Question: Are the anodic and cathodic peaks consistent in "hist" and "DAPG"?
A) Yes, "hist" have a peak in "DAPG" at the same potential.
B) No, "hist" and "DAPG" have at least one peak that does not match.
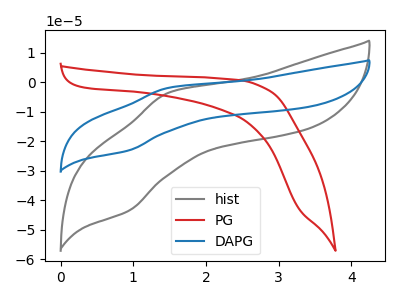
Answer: <think>The gray curve "hist" has an anodic peak at (1.50V, -3.60uA) and a cathodic peak at (0.95V, -43.55uA). The red curve "PG" has no peaks. The blue curve "DAPG" has an anodic peak at (1.50V, -1.90uA) and a cathodic peak at (0.95V, -23.10uA).</think>
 <answer>A) Yes, "hist" have a peak in "DAPG" at the same potential.</answer>
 <eval>A</eval>